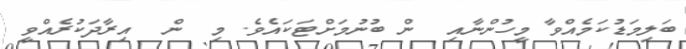
ބަލިމަޑުކަމެއްވާ މީހުންނާއި  ން ބުނުމަށްޓަކައެވެ. މި  ން  އިރާދަކުރެއްވީ